Plague in India, 1896, 1897 - Volume 1
Year: 1896
Disease focus: Plague
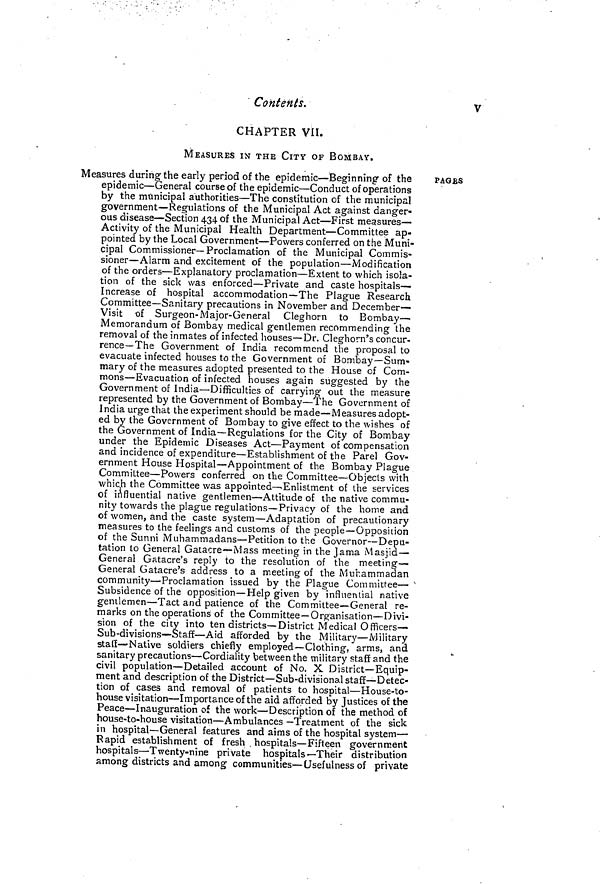
Contents.
V
CHAPTER VII.
MEASURES IN THE CITY OF BOMBAY.
Measures during the early period of the epidemic—Beginning of the
epidemic—General course of the epidemic—Conduct of operations
by the municipal authorities—The constitution of the municipal
government—Regulations of the Municipal Act against danger-
ous disease—Section 434 of the Municipal Act—First measures-
Activity of the Municipal Health Department—Committee ap-
pointed by the Local Government—Powers conferred on the Muni-
cipal Commissioner—Proclamation of the Municipal Commis-
sioner—Alarm and excitement of the population—Modification
of the orders—Explanatory proclamation—Extent to which isola-
tion of the sick was enforced—Private and caste hospitals—
Increase of hospital accommodation—The Plague Research
Committee—Sanitary precautions in November and December-
Visit of Surgeon-Major-General Cleghorn to Bombay—
Memorandum of Bombay medical gentlemen recommending the
removal of the inmates of infected houses—Dr. Cleghorn's concur-
rence—The Government of India recommend the proposal to
evacuate infected houses to the Government of Bombay—Sum-
mary of the measures adopted presented to the House of Com-
mons—Evacuation of infected houses again suggested by the
Government of India—Difficulties of carrying out the measure
represented by the Government of Bombay—The Government of
India urge that the experiment should be made—Measures adopt-
ed by the Government of Bombay to give effect to the wishes of
the Government of India—Regulations for the City of Bombay
under the Epidemic Diseases Act—Payment of compensation
and incidence of expenditure—Establishment of the Parel Gov-
ernment House Hospital—Appointment of the Bombay Plague
Committee—Powers conferred on the Committee—Objects with
which the Committee was appointed—Enlistment of the services
of influential native gentlemen—Attitude of the native commu-
nity towards the plague regulations—Privacy of the home and
of women, and the caste system—Adaptation of precautionary
measures to the feelings and customs of the people—Opposition
of the Sunni Muhammadans—Petition to the Governor—Depu-
tation to General Gatacre—Mass meeting in the Jama Masjid—
General Gatacre's reply to the resolution of the meeting-
General Gatacre's address to a meeting of the Muhammadan
community—Proclamation issued by the Plague Committee—
Subsidence of the opposition—Help given by influential native
gentlemen—Tact and patience of the Committee—General re-
marks on the operations of the Committee—Organisation—Divi-
sion of the city into ten districts—District Medical Officers—
Sub-divisions—Staff—Aid afforded by the Military—Military
staff—Native soldiers chiefly employed—Clothing, arms, and
sanitary precautions—Cordiality between the military staff and the
civil population—Detailed account of No. X District—Equip-
ment and description of the District—Sub-divisional staff—Detec-
tion of cases and removal of patients to hospital—House-to-
house visitation—Importance of the aid afforded by Justices of the
Peace—Inauguration of the work—Description of the method of
house-to-house visitation—Ambulances—Treatment of the sick
in hospital—General features and aims of the hospital system—
Rapid establishment of fresh . hospitals—Fifteen government
hospitals—Twenty-nine private hospitals—Their distribution
among districts and among communities—Usefulness of private
PAGES